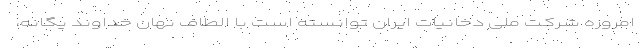
امروزه شرکت ملی دخانیات ایران توانسته است با الطاف نهان خداوند یگانه،